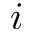
i